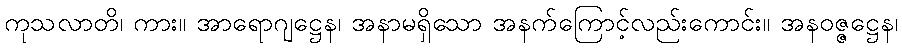
ကုသလာတိ၊ ကား။ အာရောဂျဋ္ဌေန၊ အနာမရှိသော အနက်ကြောင့်လည်းကောင်း။ အနဝဇ္ဇဋ္ဌေန၊